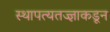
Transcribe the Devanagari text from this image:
स्थापत्यतज्‍ज्ञाकडून